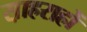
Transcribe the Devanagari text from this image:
स़ाहराहों